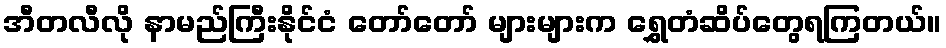
အီတလီလို နာမည်ကြီးနိုင်ငံ တော်တော် များများက ရွှေတံဆိပ်တွေရကြတယ်။